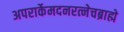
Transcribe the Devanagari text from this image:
अपरार्केमदनरत्नेचब्राह्मे